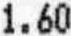
1.60